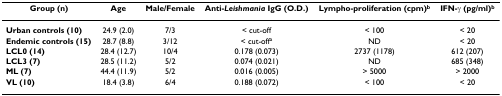
<table><thead><tr><td><b>Group (n)</b></td><td><b>Age</b></td><td><b>Male/Female</b></td><td><b>Anti-<i>Leishmania </i>IgG (O.D.)</b></td><td><b>Lympho-proliferation (cpm)<sup>b</sup></b></td><td><b>IFN-γ (pg/ml)<sup>b</sup></b></td></tr></thead><tbody><tr><td><b>Urban controls (10)</b></td><td>24.9 (2.0)</td><td>7/3</td><td>&lt; cut-off</td><td>&lt; 100</td><td>&lt; 20</td></tr><tr><td><b>Endemic controls (15)</b></td><td>28.7 (8.8)</td><td>3/12</td><td>&lt; cut-off<sup>a</sup></td><td>ND</td><td>&lt; 20</td></tr><tr><td><b>LCL0 (14)</b></td><td>28.4 (12.7)</td><td>10/4</td><td>0.178 (0.073)</td><td>2737 (1178)</td><td>612 (207)</td></tr><tr><td><b>LCL3 (7)</b></td><td>28.5 (11.2)</td><td>5/2</td><td>0.074 (0.021)</td><td>ND</td><td>685 (348)</td></tr><tr><td><b>ML (7)</b></td><td>44.4 (11.9)</td><td>5/2</td><td>0.016 (0.005)</td><td>&gt; 5000</td><td>&gt; 2000</td></tr><tr><td><b>VL (10)</b></td><td>18.4 (3.8)</td><td>6/4</td><td>0.188 (0.072)</td><td>&lt; 100</td><td>&lt; 20</td></tr></tbody></table>